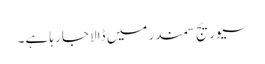
سیوریج سمندر میں ڈالا جا رہا ہے۔